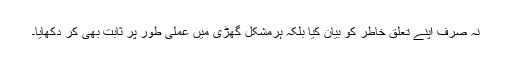
نہ صرف اپنے تعلق خاطر کو بیان کیا بلکہ ہرمشکل گھڑی میں عملی طور پر ثابت بھی کر دکھایا۔